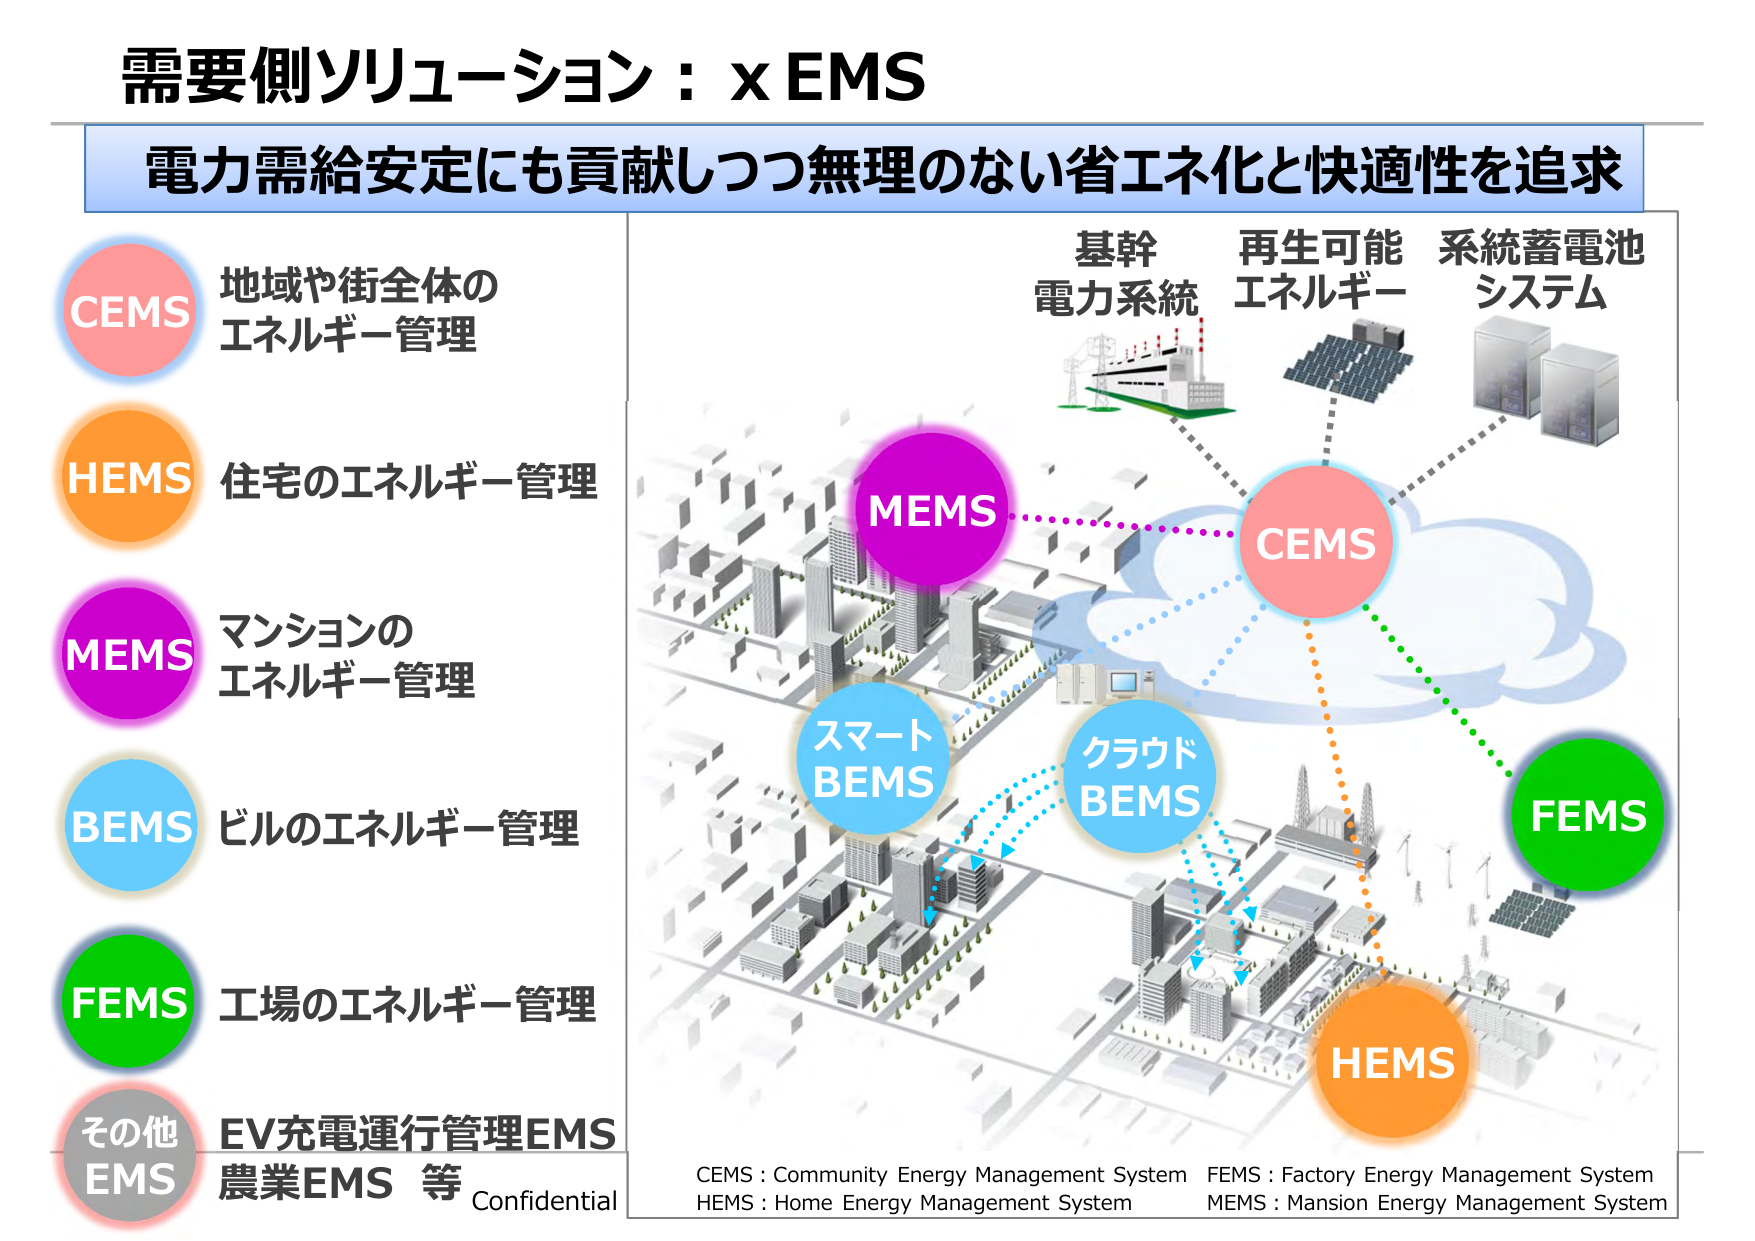
需要側ソリューション：x EMS
電力需給安定にも貢献しつつ無理のない省エネ化と快適性を追求

CEMS 地域や街全体のエネルギー管理
HEMS 住宅のエネルギー管理
MEMS マンションのエネルギー管理
BEMS ビルのエネルギー管理
FEMS 工場のエネルギー管理
その他EMS EV充電運行管理EMS 農業EMS 等 Confidential

基幹電力系統
再生可能エネルギー
系統蓄電池システム

MEMS
CEMS
スマートBEMS
クラウドBEMS
FEMS
HEMS

CEMS : Community Energy Management System
FEMS : Factory Energy Management System
HEMS : Home Energy Management System
MEMS : Mansion Energy Management System